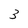
Character: 3